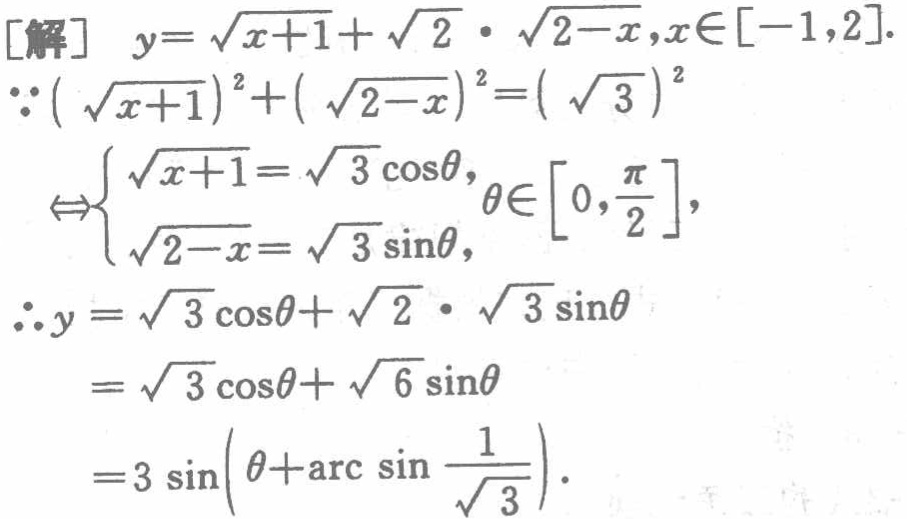
[解] \(y = \sqrt{x + 1}+\sqrt{2}\cdot\sqrt{2 - x},x\in[-1,2]\).

\(\because(\sqrt{x + 1})^2+(\sqrt{2 - x})^2 = (\sqrt{3})^2\)

\(\Leftrightarrow\begin{cases}\sqrt{x + 1}=\sqrt{3}\cos\theta,\\\sqrt{2 - x}=\sqrt{3}\sin\theta,\end{cases}\theta\in\left[0,\frac{\pi}{2}\right]\),

\(\therefore y=\sqrt{3}\cos\theta+\sqrt{2}\cdot\sqrt{3}\sin\theta\)

\(=\sqrt{3}\cos\theta+\sqrt{6}\sin\theta\)

\(=3\sin\left(\theta+\arcsin\frac{1}{\sqrt{3}}\right)\).